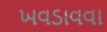
ખવડાવવા